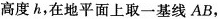
高度h，在地平面上取一基线AB，